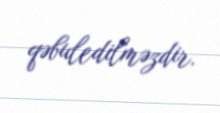
qəbuledilməzdir.